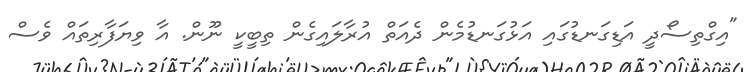
"އިގްތިސޯދީ އަޑިގަނޑުގައި އަޅުގަނޑުމެން ދެއަތް އުރާލައިގެން ތިބީކީ ނޫން. އާ ވިޔަފާރިތައް ވެސް